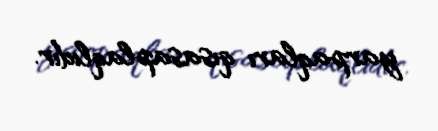
yarpaqları qısasaplaqlıdır.